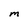
Character: M